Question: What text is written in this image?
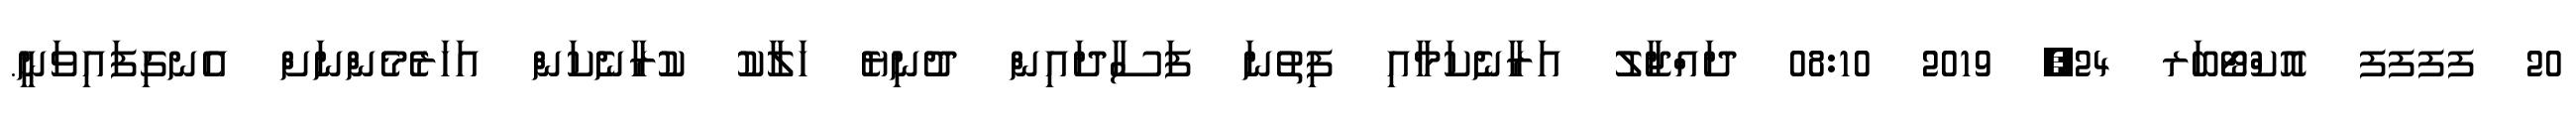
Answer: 20 ފފފފ އޮކްޓޯބަރ 24, 2019 08:10 ދައްޖާލު އަރާނެކަމާއި ފިތުނަ ފަސާދައިން ދުނިޔެ ހަލާކު ކުރާނެކަން އަހަރެމެންނަށް އެނގިފައިވަނީ.